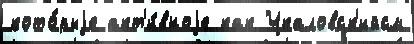
кото́рыjе акт'и́вноjе как Чкаловск'ийсм